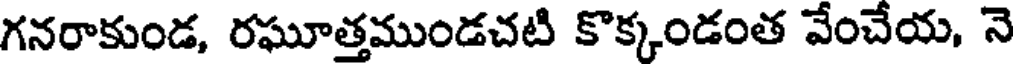
గనరాకుండ, రఘూత్తముండచటి కొక్కండంత వేంచేయ, నె